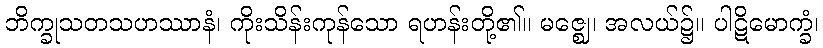
ဘိက္ခုသတသဟဿာနံ၊ ကိုးသိန်းကုန်သော ရဟန်းတို့၏။ မဇ္ဈေ၊ အလယ်၌။ ပါဋိမောက္ခံ၊